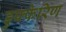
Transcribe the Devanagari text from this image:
डुफ्फेरिण